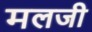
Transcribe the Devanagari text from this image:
मलजी